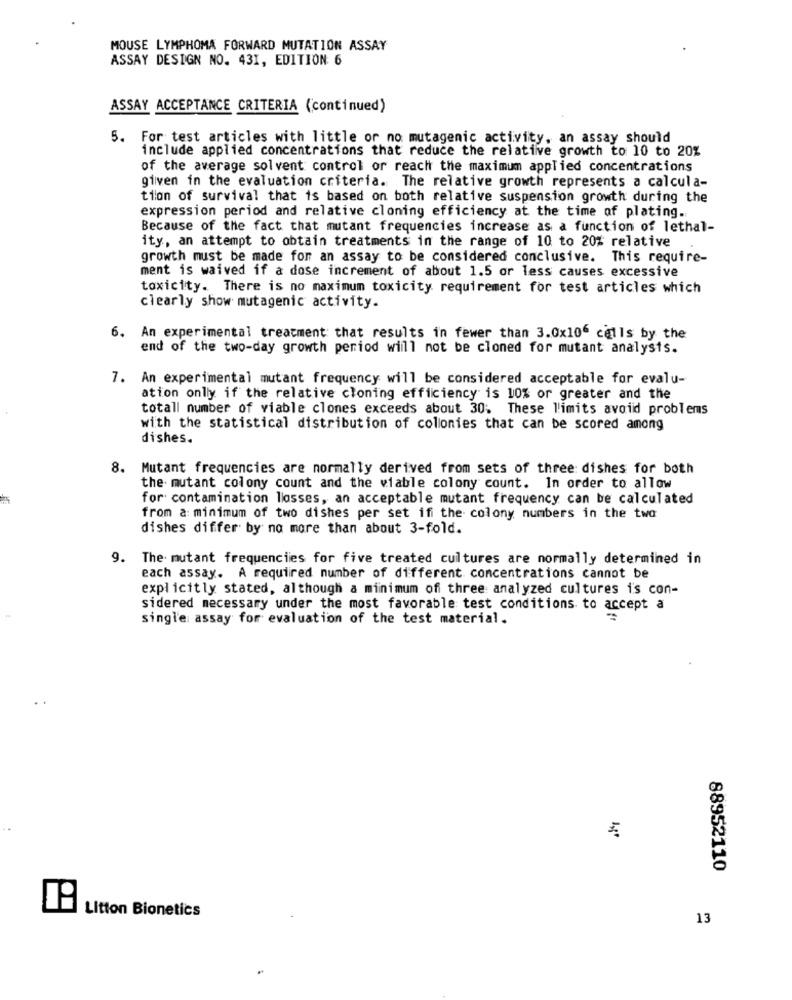
MOUSE LYMPHOMA FORWARD MUTATION ASSAY
ASSAY DESIGN NO. 431, EDITION 6
ASSAY ACCEPTANCE CRITERIA (continued)
5. For test articles with little or no mutagenic activity, an assay should
include applied concentrations that reduce the relative growth to 10 to 20%
of the average solvent control or reach the maximum applied concentrations
given in the evaluation criteria. The relative growth represents a calcula-
tion of survival that is based on both relative suspension growth during the
expression period and relative cloning efficiency at the time of plating ..
Because of the fact that mutant frequencies increase as a function of lethal-
ity, an attempt to obtain treatments in the range of 10 to 20% relative
growth must be made for an assay to be considered conclusive. This require-
ment is waived if a dose increment of about 1.5 or less causes excessive
toxicity. There is no maximum toxicity requirement for test articles which
clearly show mutagenic activity.
6. An experimental treatment that results in fewer than 3.0x10" cells by the
end of the two-day growth period will not be cloned for mutant analysis.
7. An experimental mutant frequency will be considered acceptable for evalu-
ation only if the relative cloning efficiency is 10% or greater and the
totall number of viable clones exceeds about 30; These limits avoid problems
with the statistical distribution of collonies that can be scored among
dishes.
8. Mutant frequencies are normally derived from sets of three: dishes for both
the mutant colony count and the wiable colony count. In order to allow
for contamination losses, an acceptable mutant frequency can be calculated
from a: minimum of two dishes per set ifi the colony numbers in the two
dishes differ by no more than about 3-fold.
9. The mutant frequencies for five treated cultures are normally determined in
each assay. A required number of different concentrations cannot be
explicitly stated, although a minimum of three analyzed cultures i's con-
sidered mecessary under the most favorable test conditions to accept a
single assay for evaluation of the test material.
88952110
Litton Bionetics
13